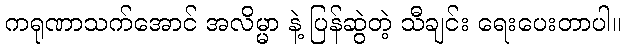
ကရုဏာသက်အောင် အလိမ္မာ နဲ့ ပြန်ဆွဲတဲ့ သီချင်း ရေးပေးတာပါ။